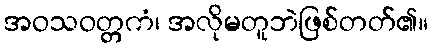
အဝသဝတ္တကံ၊ အလိုမတူဘဲဖြစ်တတ်၏။